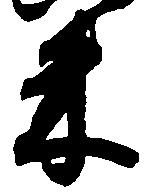
米